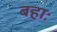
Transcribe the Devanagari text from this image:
बहाः